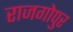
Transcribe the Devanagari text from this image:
राजगोपुर